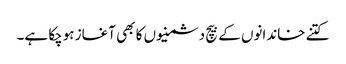
کتنے خاندانوں کے بیچ دشمنیوں کا بھی آغاز ہوچکا ہے۔